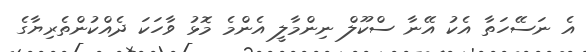
އެ ނަސޭހަތާ އެކު އޭނާ ސްކޫލް ނިންމާލީ އެންމެ މޮޅު ވާހަކަ ދެއްކުންތެރިޔާގެ